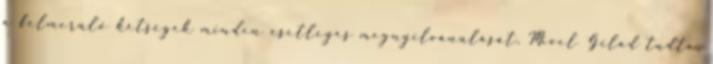
a felmerülő kétségek minden esetleges megnyilvánulását. Mivel Gilad tudta,